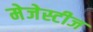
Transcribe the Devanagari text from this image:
मेजेस्टीज